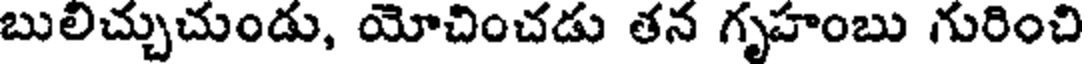
బులిచ్చుచుండు, యోచించడు తన గృహంబు గురించి